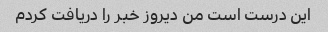
این درست است من دیروز خبر را دریافت کردم